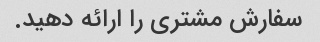
سفارش مشتری را ارائه دهید.